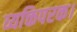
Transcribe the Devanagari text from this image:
व्यक्तिपरक।